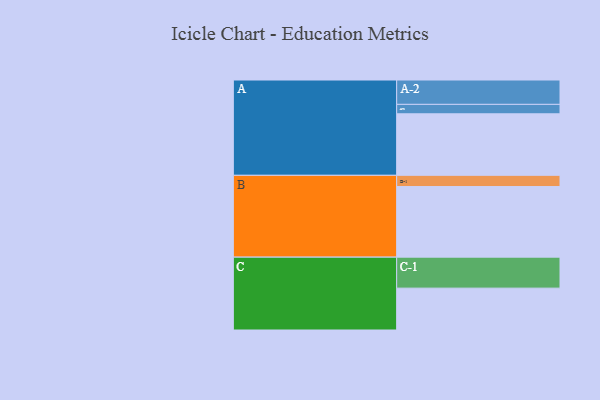
{"axis": {"x": "Segment", "y": "Value"}, "legend": ["", "A", "B", "C"], "data": [{"x": "A", "y": 520, "type": ""}, {"x": "B", "y": 597, "type": ""}, {"x": "C", "y": 354, "type": ""}, {"x": "A-1", "y": 80, "type": "A"}, {"x": "A-2", "y": 206, "type": "A"}, {"x": "B-1", "y": 95, "type": "B"}, {"x": "C-1", "y": 262, "type": "C"}]}